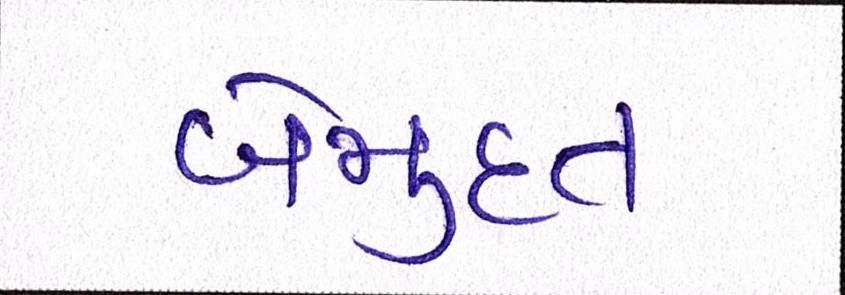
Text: બેમુદત